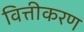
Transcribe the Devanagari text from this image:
वित्तीकरण